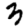
Digit: 3